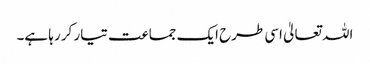
اللہ تعالیٰ اسی طرح ایک جماعت تیار کر رہا ہے۔